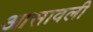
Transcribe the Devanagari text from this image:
आसावली